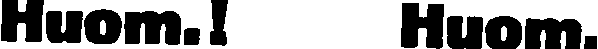
Huom.! Huom.